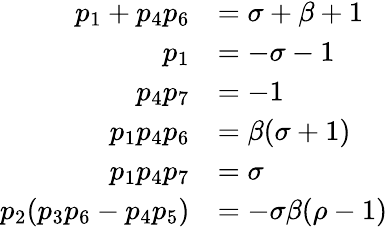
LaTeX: \begin{array}{rl}{p_{1}+p_{4}p_{6}}&{=\sigma+\beta+1}\\ {p_{1}}&{=-\sigma-1}\\ {p_{4}p_{7}}&{=-1}\\ {p_{1}p_{4}p_{6}}&{=\beta(\sigma+1)}\\ {p_{1}p_{4}p_{7}}&{=\sigma}\\ {p_{2}(p_{3}p_{6}-p_{4}p_{5})}&{=-\sigma\beta(\rho-1)}\end{array}